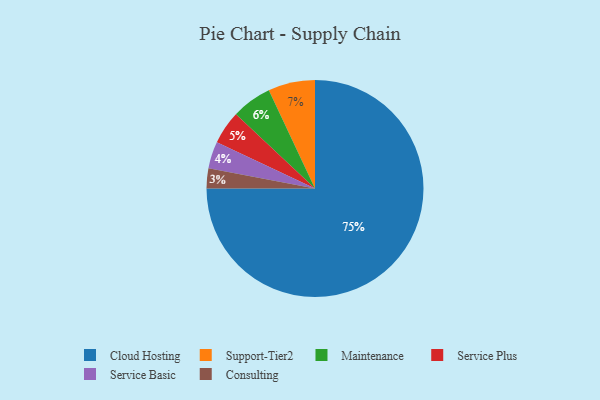
{"axis": {"x": "Category", "y": "Percentage"}, "legend": ["Cloud Hosting", "Consulting", "Maintenance", "Service Basic", "Service Plus", "Support-Tier2"], "data": [{"x": "Service Plus", "y": 5, "type": "Service Plus"}, {"x": "Maintenance", "y": 6, "type": "Maintenance"}, {"x": "Support-Tier2", "y": 7, "type": "Support-Tier2"}, {"x": "Service Basic", "y": 4, "type": "Service Basic"}, {"x": "Cloud Hosting", "y": 75, "type": "Cloud Hosting"}, {"x": "Consulting", "y": 3, "type": "Consulting"}]}